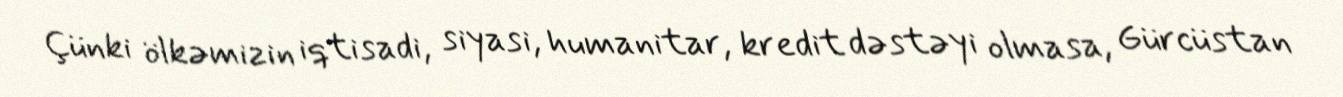
Çünki ölkəmizin iqtisadi, siyasi, humanitar, kredit dəstəyi olmasa, Gürcüstan